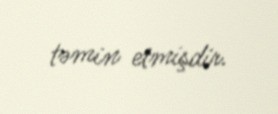
təmin etmişdir.